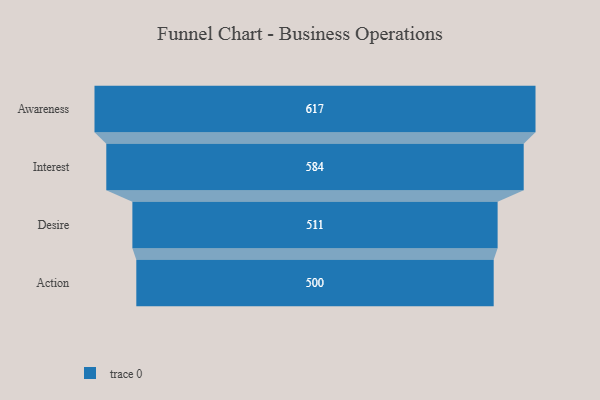
{"axis": {"x": "Stage", "y": "Value"}, "legend": [""], "data": [{"x": "Awareness", "y": 617.0, "type": ""}, {"x": "Interest", "y": 584.0, "type": ""}, {"x": "Desire", "y": 511.0, "type": ""}, {"x": "Action", "y": 500, "type": ""}]}